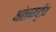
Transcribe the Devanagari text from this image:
आंतरराष्ट्नीय